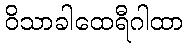
ဝိသာခါထေရီဂါထာ